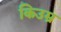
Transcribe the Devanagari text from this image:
किउम्र